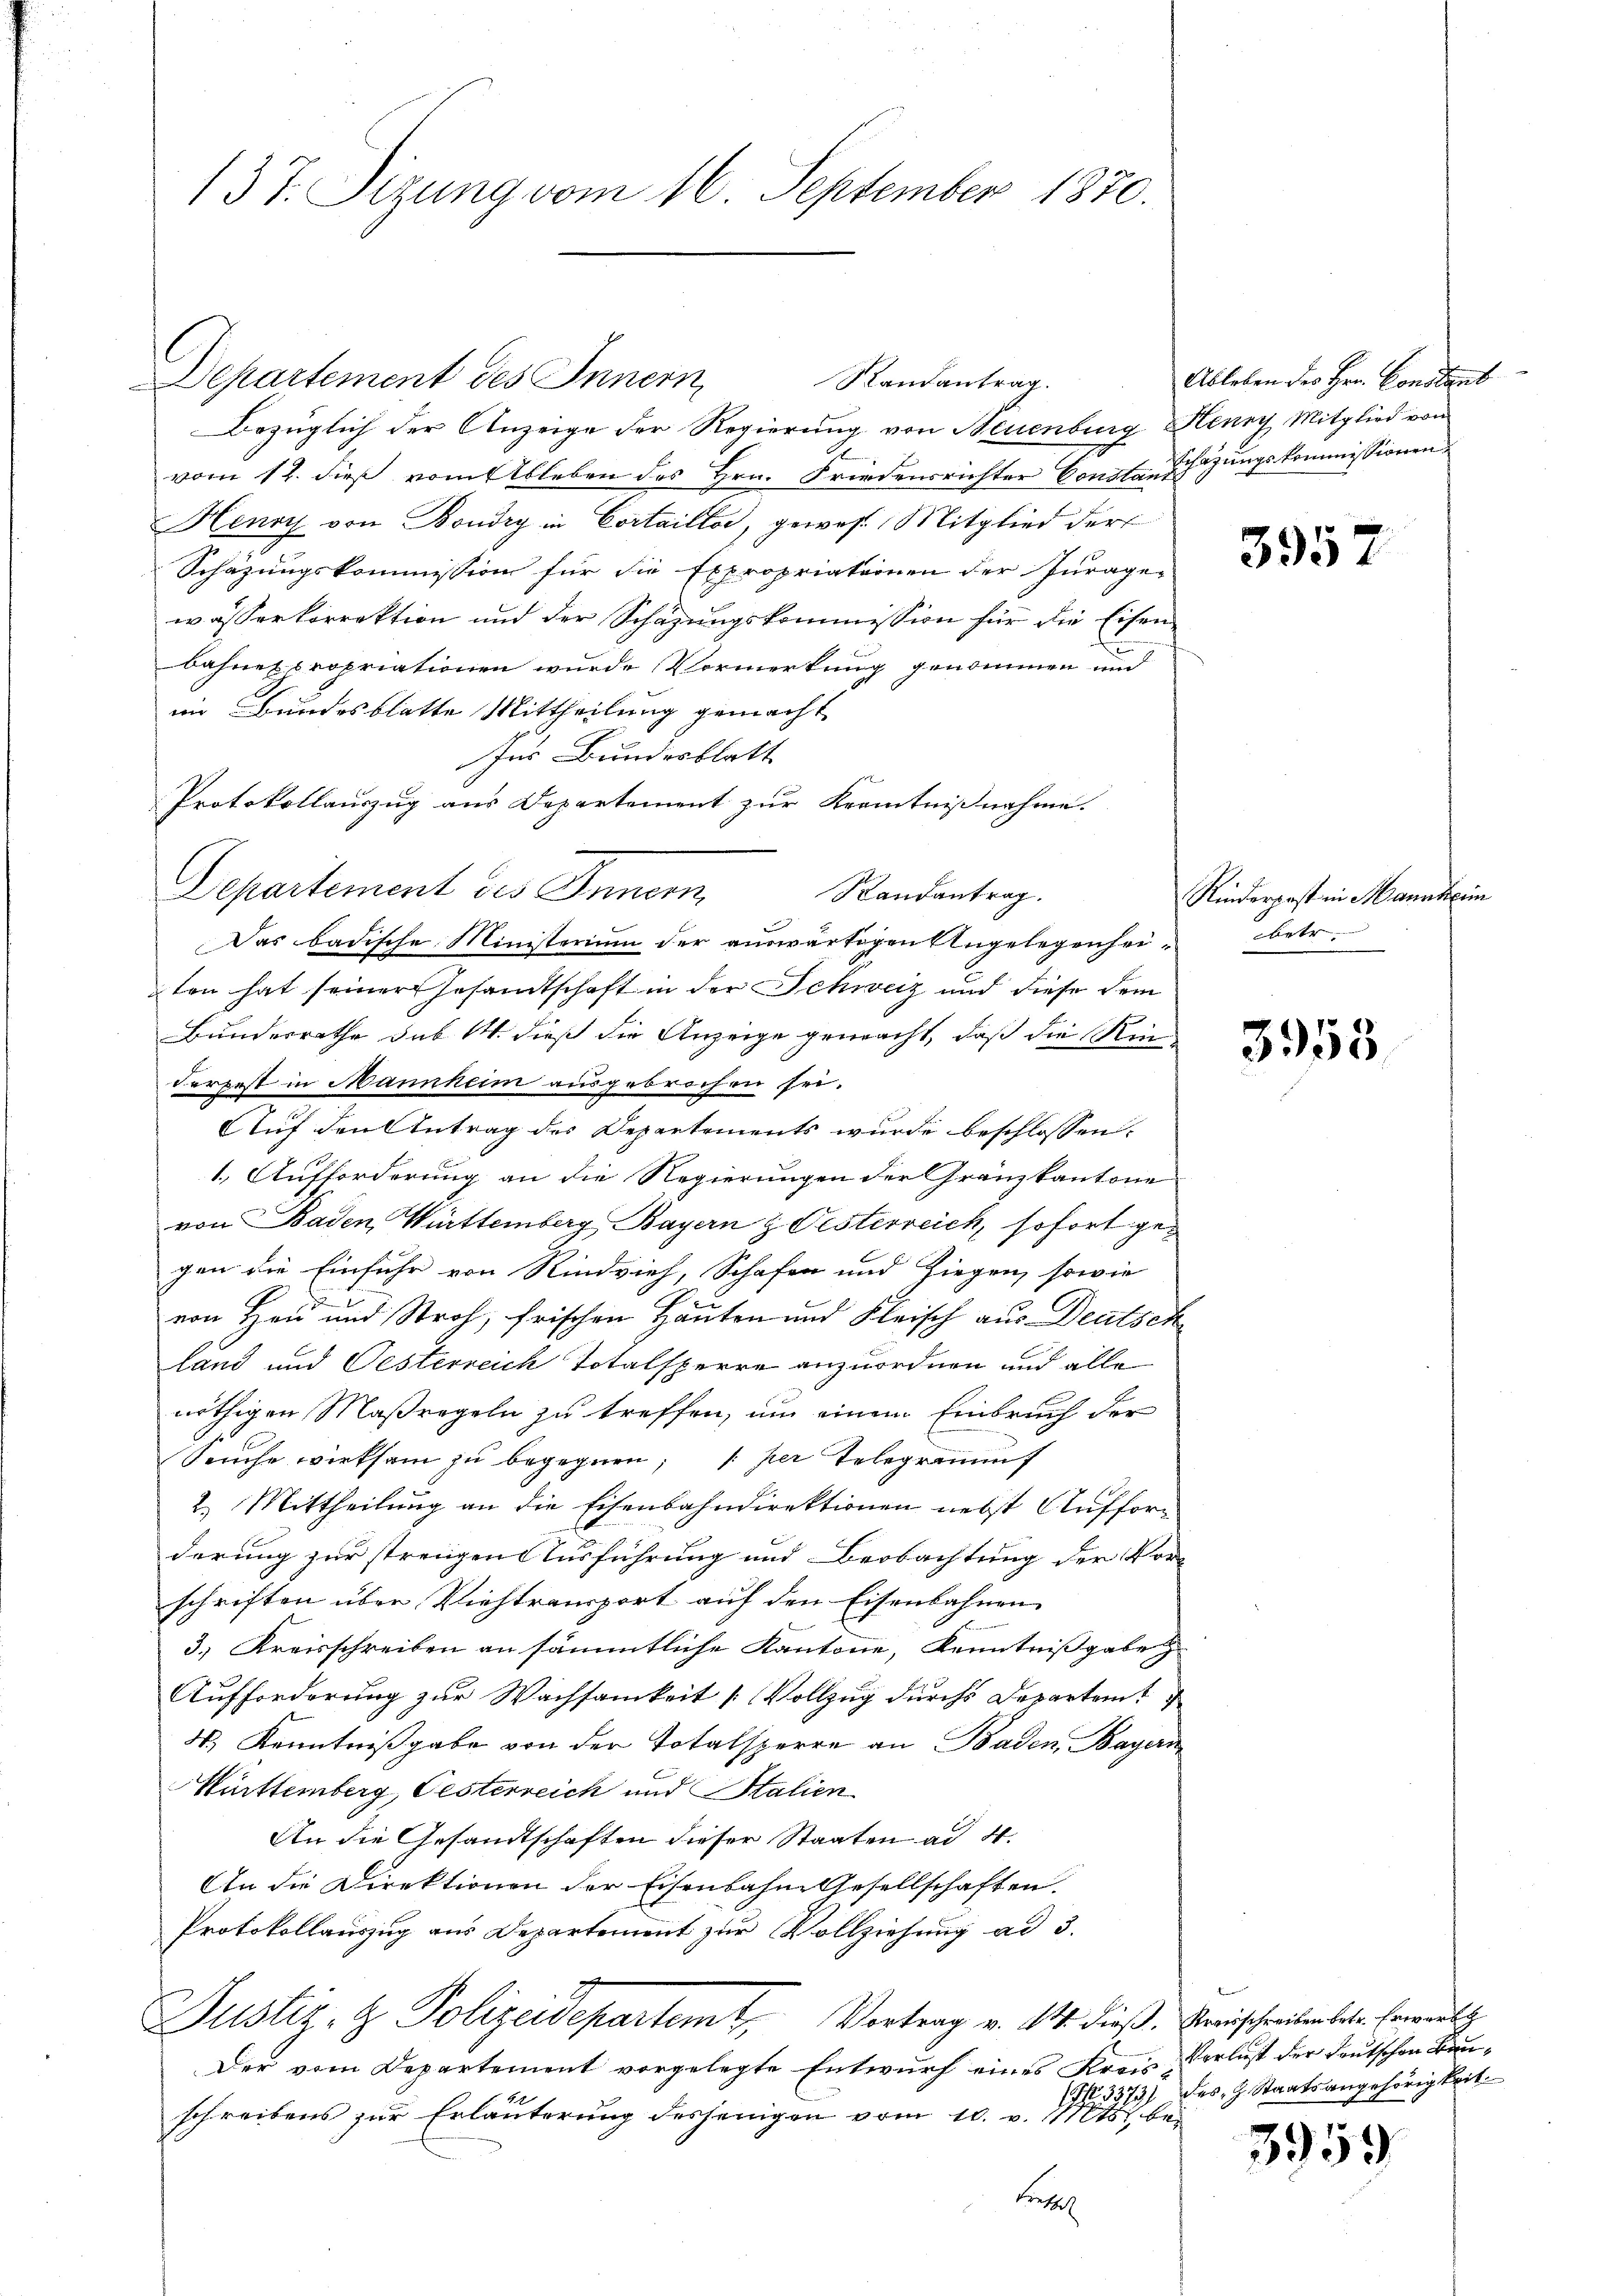
137. Sizung vom 16. September 1870.

Departement des Innern,
Bezüglich der Anzeige der Regierung von Neuenburg Henry Mitglied von
vom 12. dieß vom Ableben des Hrn. Friedensrichter Conste nichtungskommissionen
Henry von Boudry in Cortaillor, gewes Mitglied der
Schazungskommission für die Expropriationen der Jurage-
wässerkorrektion und der Schazungskommission für die Eisen-
bahnexpropriationen wurde Vormerkung genommen und
im Bundesblatte Mittheilung gemacht
Jus Bundesblatt
Protokollauszug aus Departement zur Kenntnißnahme.
Departement des Innern
Randantrag.
Das badische Ministerium der auswärtigen Angelegenheiten hat seiner Gesandtschaft in der Schweiz und diese dem
Bundesrathe sub 14. dieß die Anzeige gemacht, daß die Rin¬
Ferpest in Mannheim ausgebrochen sei.
AAuf den Antrag des Departements wurde beschlossen:
1. Aufforderung an die Regierungen der Gränzkantone
von Baden, Württemberg Bayern & Oesterreich, sofort gegen die Einfuhr von Rindvieh, Schafen und Ziegen, sowie
von Heu und Stroh, frischen Häuten und Fleisch aus Deutsch
land und Oesterreich Totalsperre anzuordnen und alle
nöthigen Maßregeln zu treffen, um einem Einbruch der
Seuche wirksam zu begegnen, per Telegrammf
2.) Mittheilung an die Eisenbahndirektionen nebst Aufforderung zur streiigen Ausführung und Beobachtung der Vor-
schriften über Viehtransport auf den Eisenbahnen
3.) Kreisschreiben an sämmtliche Kantone, Kenntnißgabe
Aufforderung zur Wachsamkeit [Vollzug durchs Departem
4.) Kenntnißgabe von der Totalsperre an Baden Bayern
Württemberg, Gesterreich und Stalien
An die Gesandtschaften dieser Staaten ad 4.
An die Direktionen der Eisenbahne Gesellschaften.
Protokollauszug aus Departement zur Vollziehung ad 3.
Justiz- & Polizeidepartem E. Vortrag v. M. dieß, Kreischreiben betr. Erwarts
Der vom Departement vorgelegte Entwurf eines Kreis-Verlust der Deutschen Bauschreibens zur Erläuterung desjenigen vom 10. v. Mts. be¬
Bresl

Randantrag.

Ableben des Hrn. Constant

395

Rinderpost in Mannen
rtr.

3955

No. 3373) des H. Staatsangehörigkeit.

3959